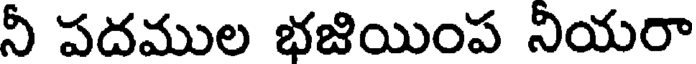
నీ పదముల భజియింప నియరా